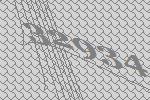
32934